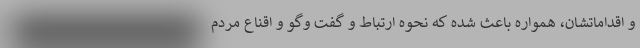
و اقداماتشان، همواره باعث شده که نحوه ارتباط و گفت وگو و اقناع مردم